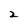
Character: 2